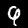
Digit: 9